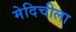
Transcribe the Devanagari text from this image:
मेदिचीला